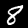
Label: 8